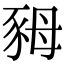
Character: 𧰷